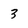
Character: 3